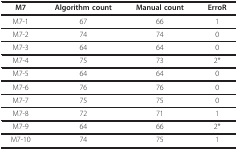
<table><thead><tr><td><b>M7</b></td><td><b>Algorithm count</b></td><td><b>Manual count</b></td><td><b>ErroR</b></td></tr></thead><tbody><tr><td>M7-1</td><td>67</td><td>66</td><td>1</td></tr><tr><td>M7-2</td><td>74</td><td>74</td><td>0</td></tr><tr><td>M7-3</td><td>64</td><td>64</td><td>0</td></tr><tr><td>M7-4</td><td>75</td><td>73</td><td>2*</td></tr><tr><td>M7-5</td><td>64</td><td>64</td><td>0</td></tr><tr><td>M7-6</td><td>76</td><td>76</td><td>0</td></tr><tr><td>M7-7</td><td>75</td><td>75</td><td>0</td></tr><tr><td>M7-8</td><td>72</td><td>71</td><td>1</td></tr><tr><td>M7-9</td><td>64</td><td>66</td><td>2*</td></tr><tr><td>M7-10</td><td>74</td><td>75</td><td>1</td></tr></tbody></table>